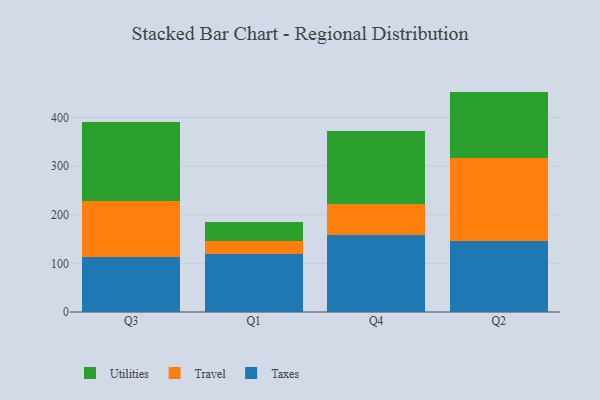
{"axis": {"x": "Quarter", "y": "Gross Profit (USD K)"}, "legend": ["Taxes", "Travel", "Utilities"], "data": [{"x": "Q3", "y": 113.3, "type": "Taxes"}, {"x": "Q3", "y": 114.3, "type": "Travel"}, {"x": "Q3", "y": 162.9, "type": "Utilities"}, {"x": "Q1", "y": 119.3, "type": "Taxes"}, {"x": "Q1", "y": 27.7, "type": "Travel"}, {"x": "Q1", "y": 37.6, "type": "Utilities"}, {"x": "Q4", "y": 158.9, "type": "Taxes"}, {"x": "Q4", "y": 63.3, "type": "Travel"}, {"x": "Q4", "y": 149.7, "type": "Utilities"}, {"x": "Q2", "y": 146.4, "type": "Taxes"}, {"x": "Q2", "y": 170.0, "type": "Travel"}, {"x": "Q2", "y": 137.1, "type": "Utilities"}]}